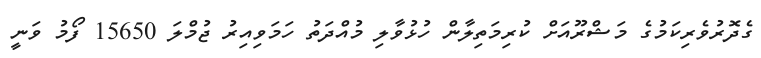
ގެދޮރުވެރިކަމުގެ މަޝްރޫއަށް ކުރިމަތިލާން ހުޅުވާލި މުއްދަތު ހަމަވިއިރު ޖުމްލަ 15650 ފޯމު ވަނީ